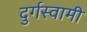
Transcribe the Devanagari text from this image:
दुर्गस्वामी